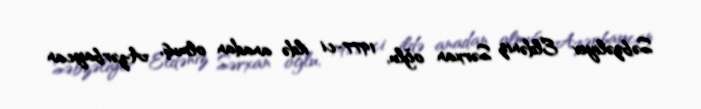
Səbzəliyev Eldəniz Sərxan oğlu, 1977-ci ildə anadan olmuş, Azərbaycan